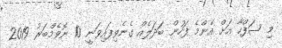
މި ޞަފްހާ އަށް އެންމެ ފަހުން ބަދަލެއް ގެނެވިފައިވަނީ 10 ނޮވެމްބަރު 2019